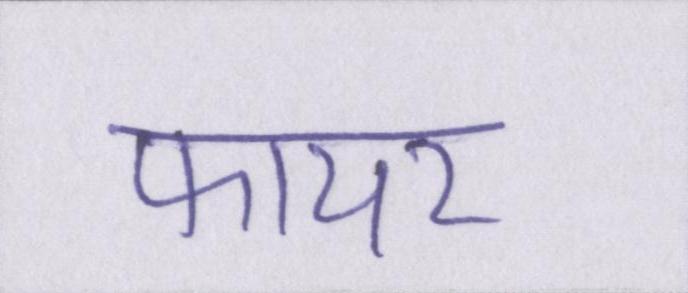
फायर